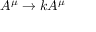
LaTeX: A ^ { \mu } \rightarrow k A ^ { \mu }